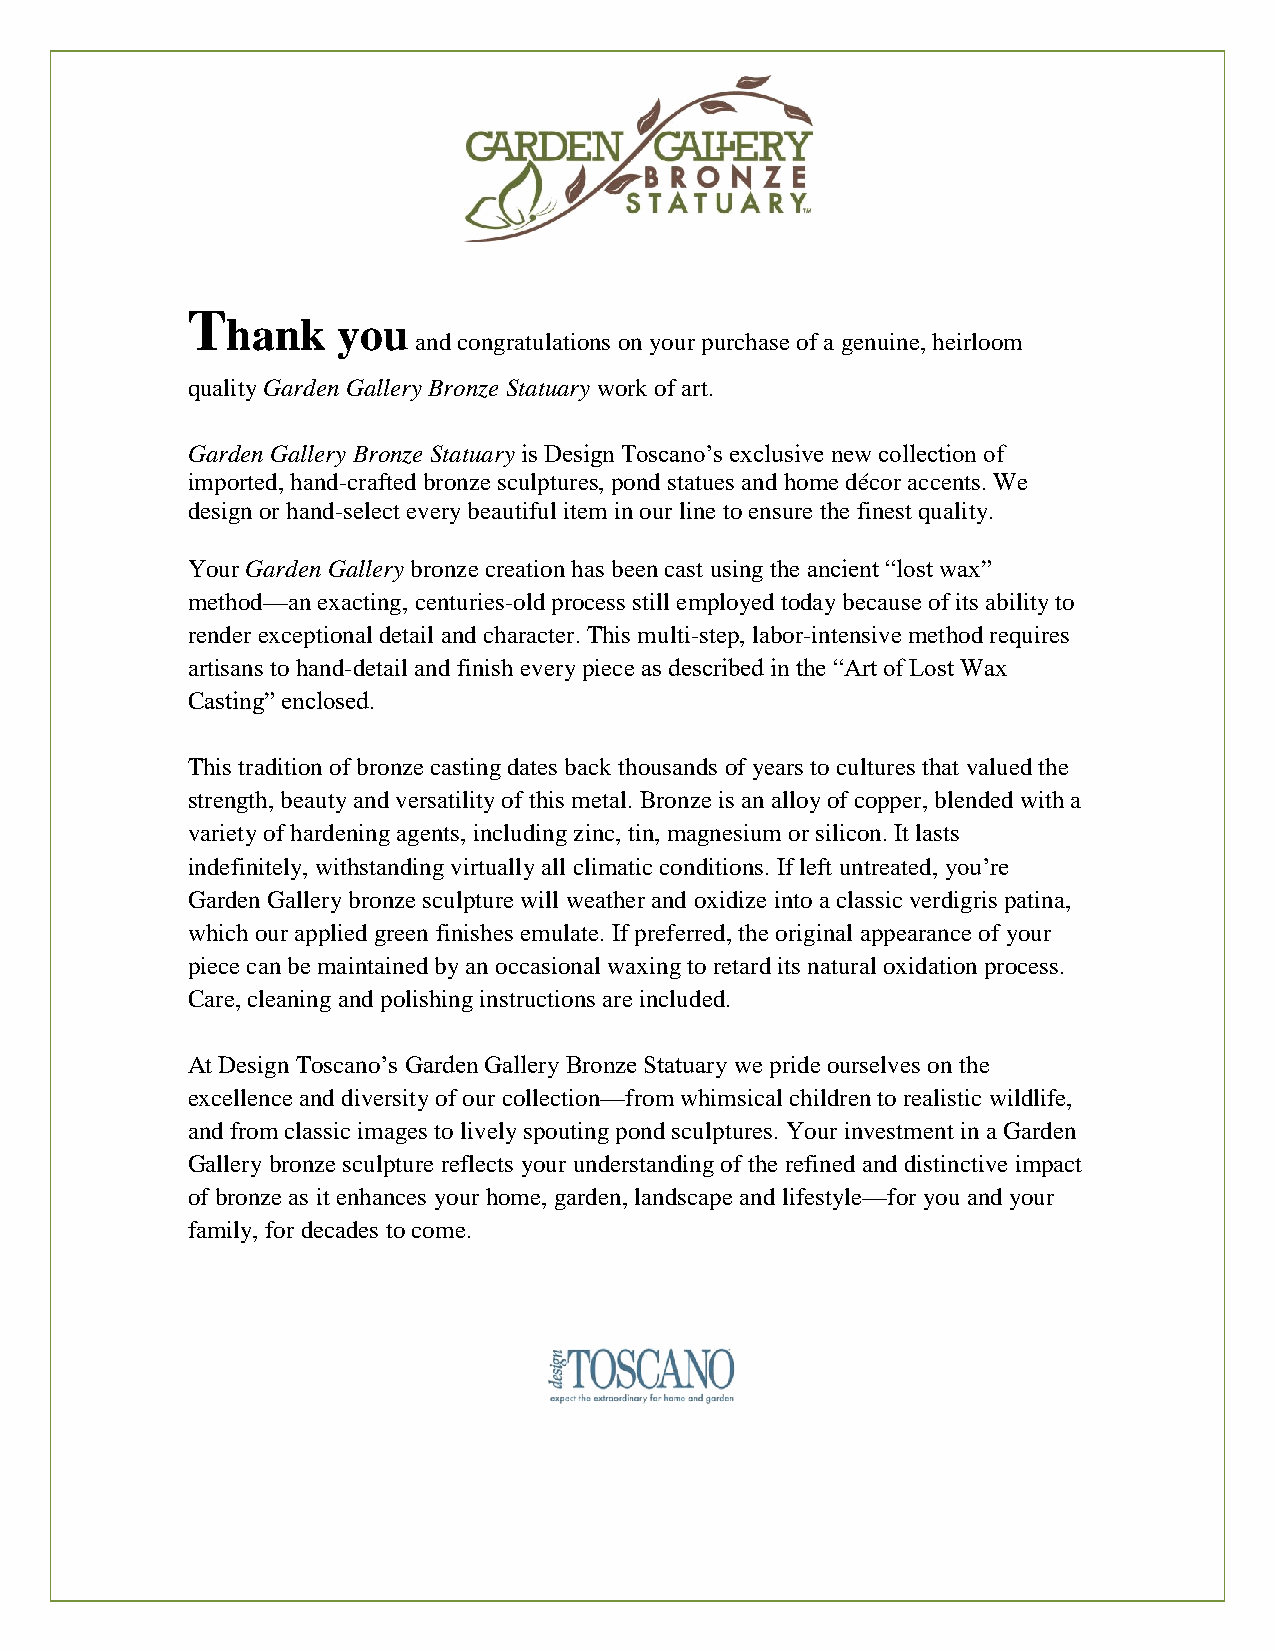
T
 hank   you
 and congratulations on your purchase of a genuine, heirloom
 quality Garden Gallery Bronze Statuary work of art.
 Garden Gallery Bronze Statuary is Design Toscano’s exclusive new collection of
 imported, hand-crafted bronze sculptures, pond statues and home décor accents. We
 design or hand-select every beautiful item in our line to ensure the finest quality.
 Your Garden Gallery bronze creation has been cast using the ancient “lost wax”
 method—an exacting, centuries-old process still employed today because of its ability to
 render exceptional detail and character. This multi-step, labor-intensive method requires
 artisans to hand-detail and finish every piece as described in the “Art of Lost Wax
 Casting” enclosed.
 This tradition of bronze casting dates back thousands of years to cultures that valued the
 strength, beauty and versatility of this metal. Bronze is an alloy of copper, blended with a
 variety of hardening agents, including zinc, tin, magnesium or silicon. It lasts
 indefinitely, withstanding virtually all climatic conditions. If left untreated, you’re
 Garden Gallery bronze sculpture will weather and oxidize into a classic verdigris patina,
 which our applied green finishes emulate. If preferred, the original appearance of your
 piece can be maintained by an occasional waxing to retard its natural oxidation process.
 Care, cleaning and polishing instructions are included.
 At Design Toscano’s Garden Gallery Bronze Statuary we pride ourselves on the
 excellence and diversity of our collection—from whimsical children to realistic wildlife,
 and from classic images to lively spouting pond sculptures. Your investment in a Garden
 Gallery bronze sculpture reflects your understanding of the refined and distinctive impact
 of bronze as it enhances your home, garden, landscape and lifestyle—for you and your
 family, for decades to come.